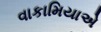
વાકામિયાએ